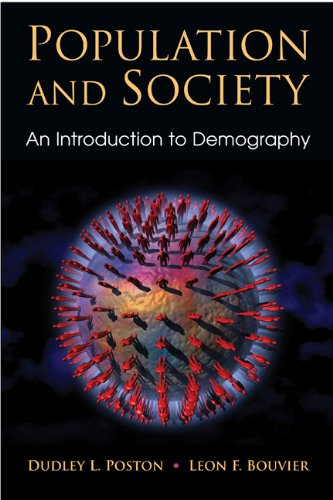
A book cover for Population and Society: An Introduction to Demography; Dudley L. Poston  Jr.; Politics & Social Sciences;